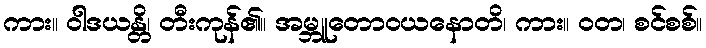
ကား။ ဝါဒယန္တိ၊ တီးကုန်၏။ အမ္ဘူတောဝယနောတိ၊ ကား။ ဝတ၊ စင်စစ်။